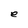
Character: e